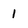
Character: 1